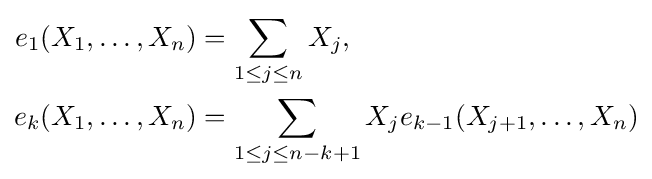
{\begin{aligned}e_{1}(X_{1},\dots ,X_{n})&=\sum _{1\leq j\leq n}X_{j},\\e_{k}(X_{1},\dots ,X_{n})&=\sum _{1\leq j\leq n-k+1}X_{j}e_{k-1}(X_{j+1},\dots ,X_{n})\\\end{aligned}}